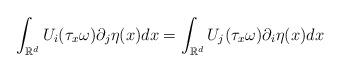
LaTeX: \begin{align*}\int _{\mathbb{R}^d}U_i(\tau _x\omega)\partial _j \eta (x)dx =\int _{\mathbb{R}^d}U_j (\tau _x\omega)\partial _i \eta (x)dx\end{align*}